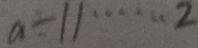
a \div 1 1 \cdots 2